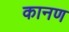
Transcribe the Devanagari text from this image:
कानण